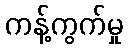
ကန့်ကွက်မှု